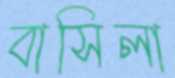
বাসিলা